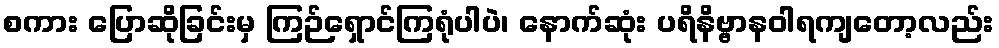
စကား ပြောဆိုခြင်းမှ ကြဉ်ရှောင်ကြရုံပါပဲ၊ နောက်ဆုံး ပရိနိဗ္ဗာနဝါရကျတော့လည်း